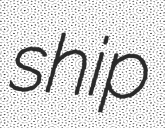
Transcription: ship